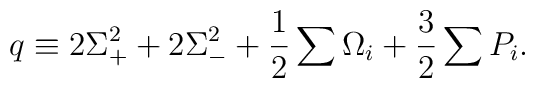
q \equiv   2\Sigma_+^2+2\Sigma_-^2  + \frac{1}{2}\sum \Omega_i + \frac{3}{2}\sum P_i.